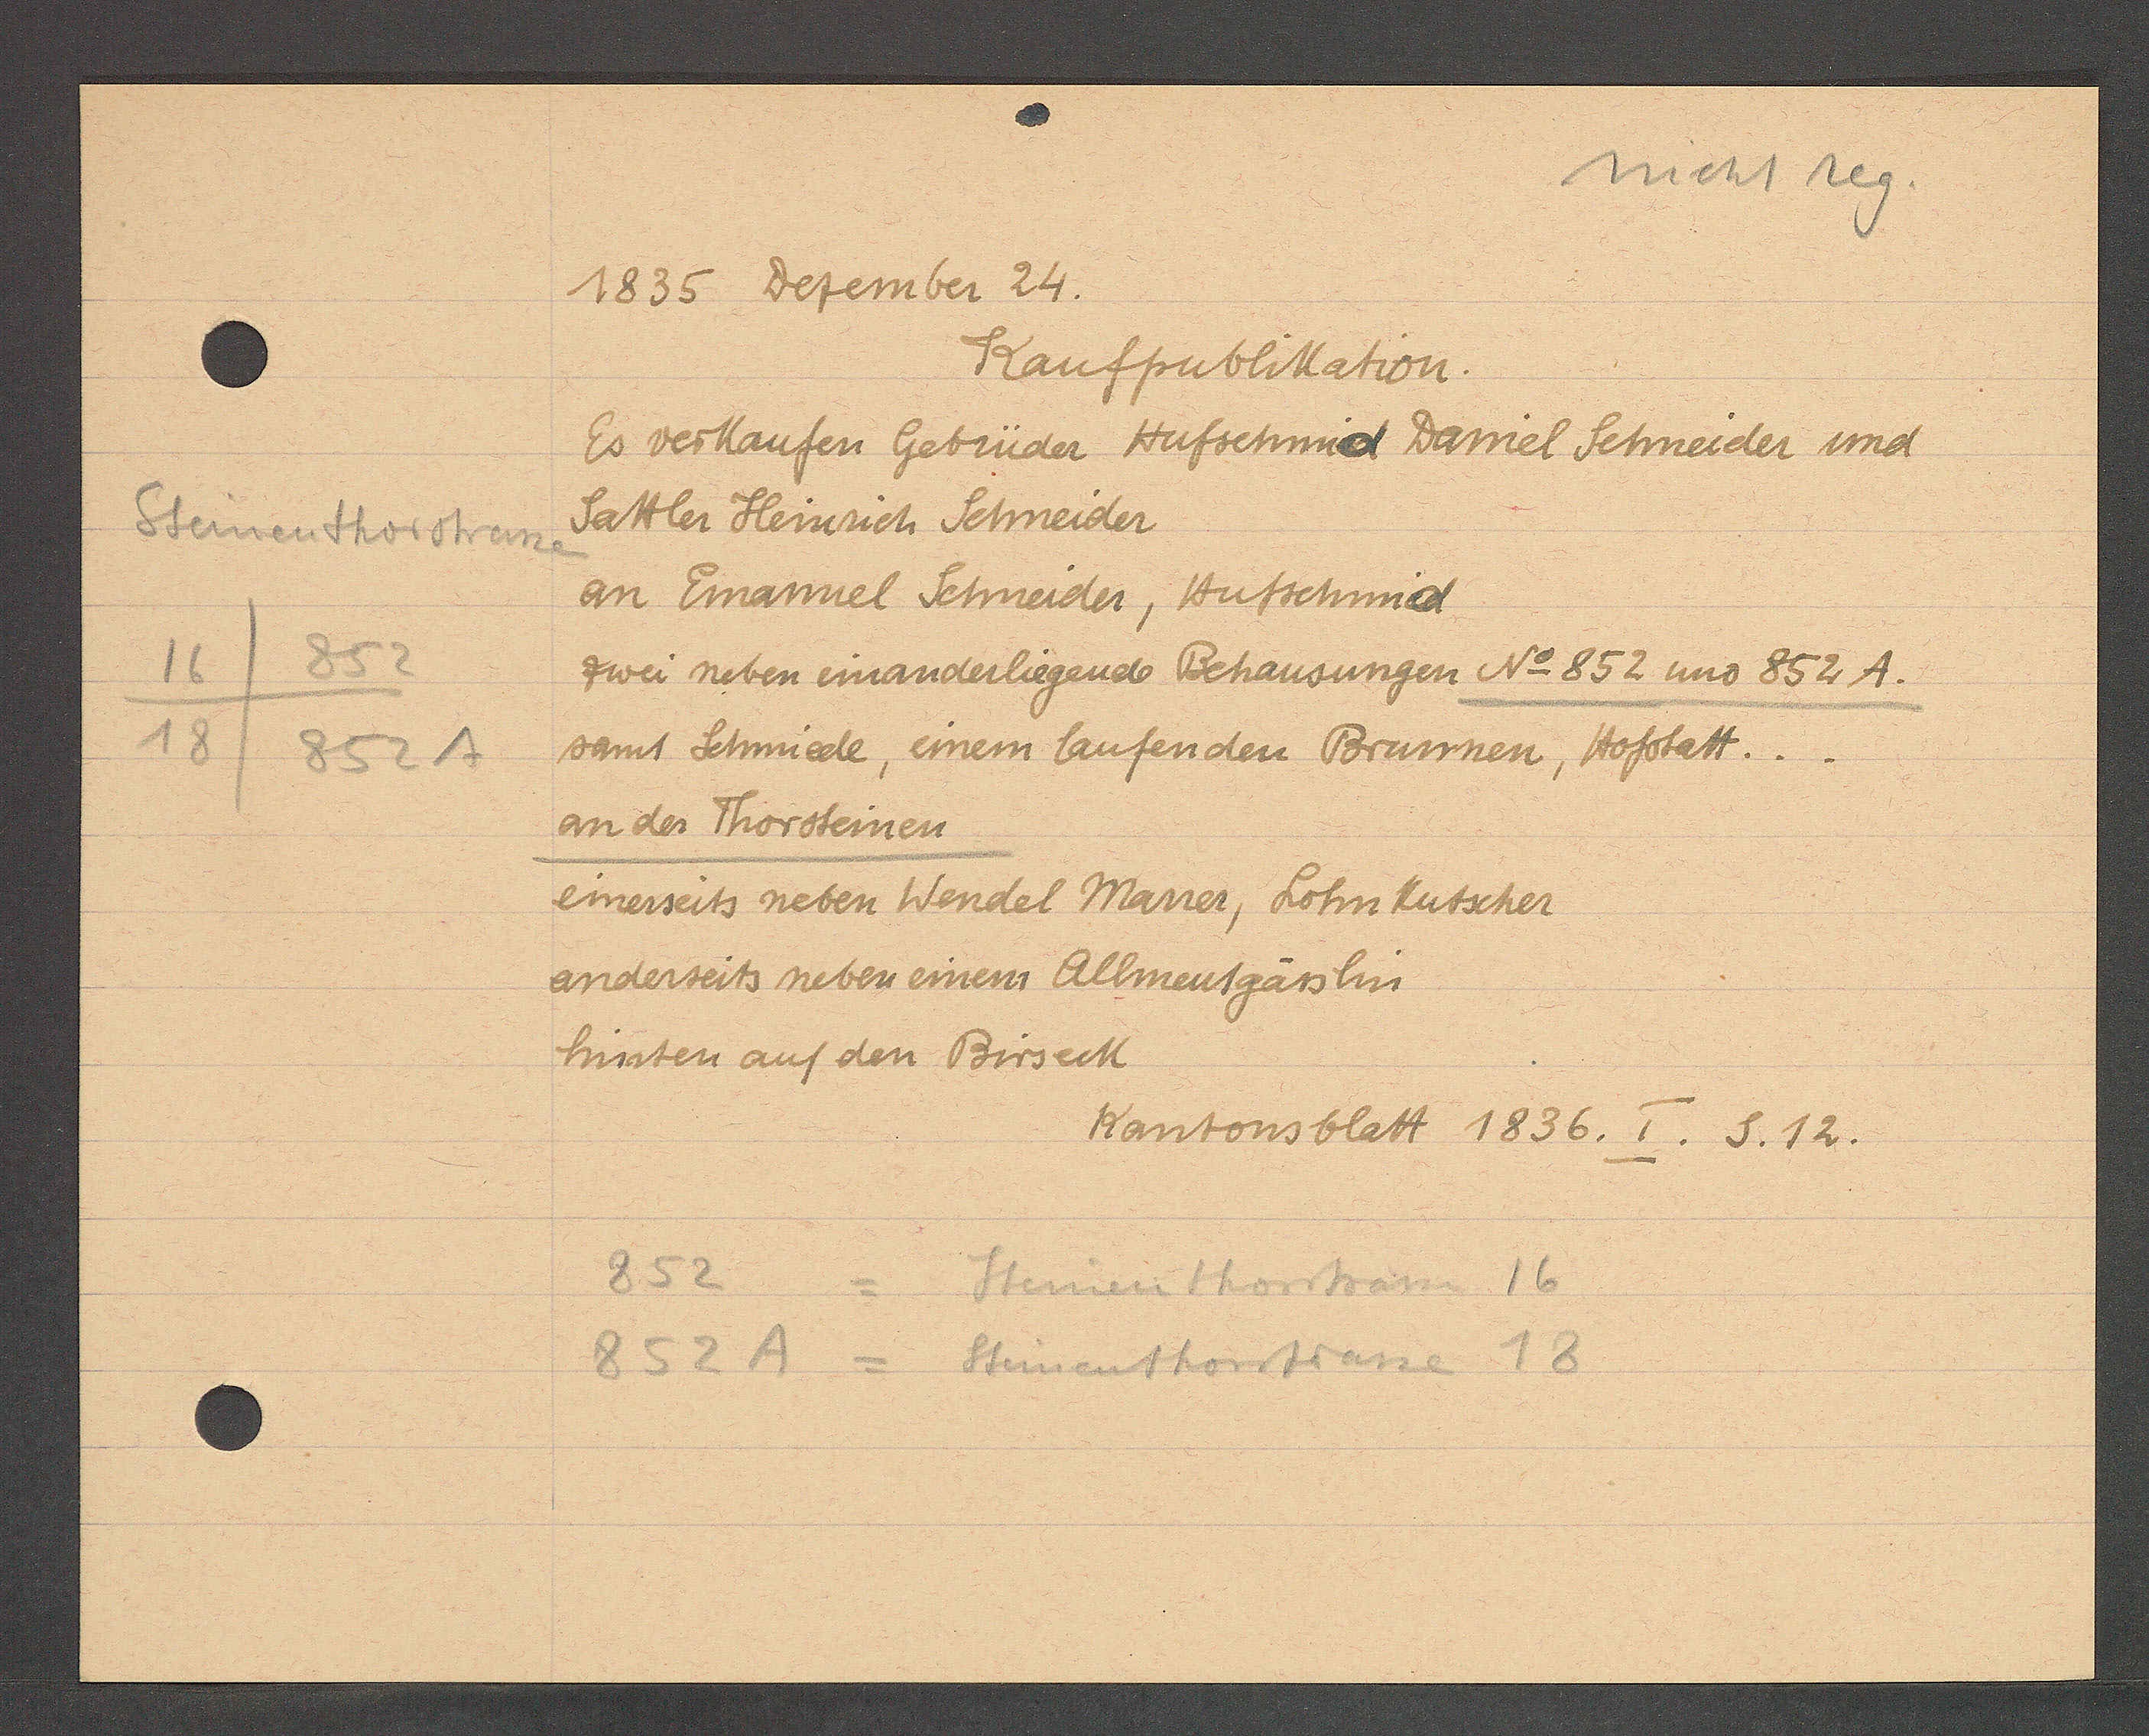
Transcript:
Steinenthorstrane
16/852
18
852 A

1835 Dezember 24.

Kaufpublikation.
Es verkaufen Gebrüder Hufschmid Daniel Schneider und
Sattler Heinrich Schneider
an Emanuel Schneider, Hufschmid
zwei neben einanderliegende Behausungen No 852 uno 852 A.
samt Schmiede, einem laufenden Brunnen, Hofstatt..
an der Thorsteinen
einerseits neben Wendel Marrer, Lohnkutscher
anderseits neben einem Allmentgässlin
hinten auf den Birseck

Kantonsblatt 1836. I. S. 12.

852
Steinenthorstrasse 16
852 A = Steinenthorstrasse 18